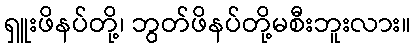
ရှူးဖိနပ်တို့၊ ဘွတ်ဖိနပ်တို့မစီးဘူးလား။